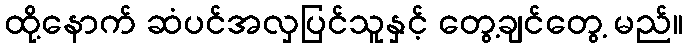
ထို့နောက် ဆံပင်အလှပြင်သူနှင့် တွေ့ချင်တွေ့ မည်။